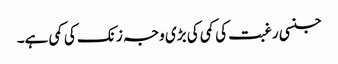
جنسی رغبت کی کمی کی بڑی وجہ زنک کی کمی ہے۔